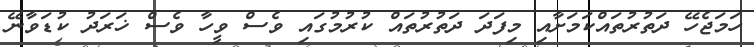
ހަމަޖެހޭ ދަތުރުތައްކަމަށާއި މިފަދަ ދަތުރުތައް ކުރުމުގައި ވެސް ވީހާ ވެސް ޚަރަދު ކުޑަވާނޭ